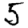
Digit: 5